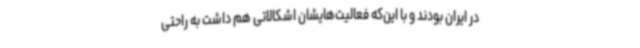
در ایران بودند و با این‌که فعالیت‌هایشان اشکالاتی هم داشت به راحتی